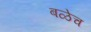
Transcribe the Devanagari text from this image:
बळेच